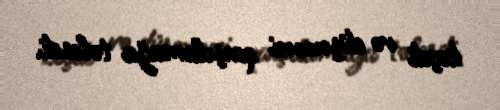
keçdi və düşməni qarşılamağa tələsdi.